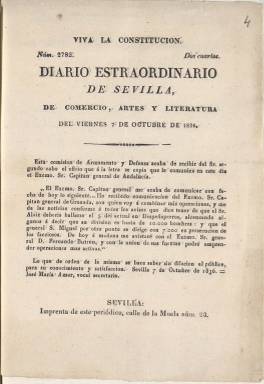
Título: Diario de Sevilla de comercio, artes y literatura
Otros títulos: Diario de Sevilla || Diario estraordinario de Sevilla de comercio, artes y literatura || Diario extraordinario de Sevilla de comercio, artes y literatura
Colección: Periódicos anteriores a 1850
Ámbito geográfico: Sevilla
Lugar de publicación: Sevilla
Fechas: 07/10/1836-31/07/1843